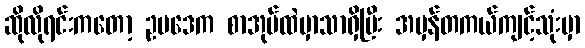
ဆိုလိုရင်းကတော့ ဥပဒေက စာအုပ်ထဲမှာသာရှိပြီး အမှန်တကယ်ကျင့်သုံးမှာ